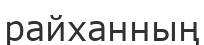
райханның